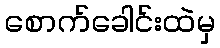
စောက်ခေါင်းထဲမှ